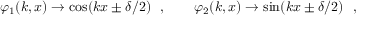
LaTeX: \varphi _ { 1 } ( k , x ) \to \cos ( k x \pm \delta / 2 ) \ \ , \qquad \varphi _ { 2 } ( k , x ) \to \sin ( k x \pm \delta / 2 ) \ \ ,